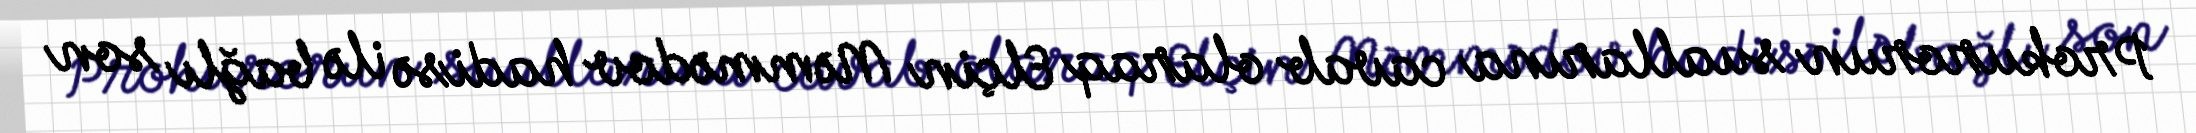
Prokurorun suallarına cavab olaraq Elçin Məmmədov hadisə ilə bağlı son